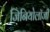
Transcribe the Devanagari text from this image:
जिनियोलॉजी